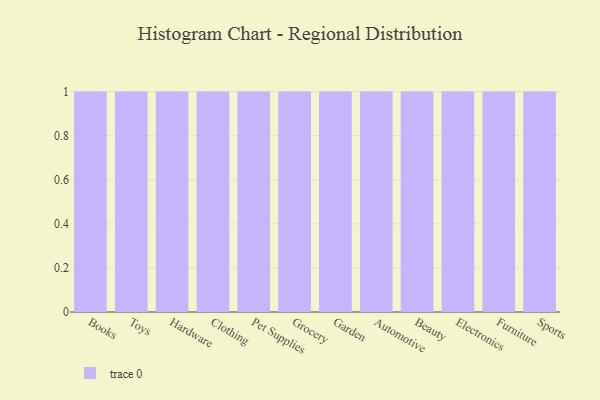
{"axis": {"x": "Category", "y": "Gross Profit (USD K)"}, "legend": [""], "data": [{"x": "Books", "y": 89, "type": ""}, {"x": "Toys", "y": 85, "type": ""}, {"x": "Hardware", "y": 61, "type": ""}, {"x": "Clothing", "y": 46, "type": ""}, {"x": "Pet Supplies", "y": 90, "type": ""}, {"x": "Grocery", "y": 51, "type": ""}, {"x": "Garden", "y": 88, "type": ""}, {"x": "Automotive", "y": 19, "type": ""}, {"x": "Beauty", "y": 33, "type": ""}, {"x": "Electronics", "y": 98, "type": ""}, {"x": "Furniture", "y": 63, "type": ""}, {"x": "Sports", "y": 25, "type": ""}]}